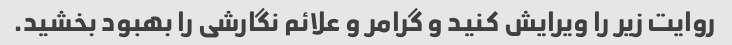
روایت زیر را ویرایش کنید و گرامر و علائم نگارشی را بهبود بخشید.